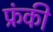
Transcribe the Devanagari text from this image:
फ्रंकी